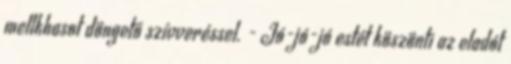
mellkhasot döngető szívveréssel. - Jó-jó-jó estét köszönti az eladót